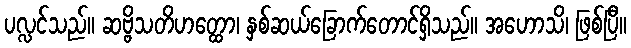
ပလ္လင်သည်။ ဆဗ္ဗိသတိဟတ္ထော၊ နှစ်ဆယ်ခြောက်တောင်ရှိသည်။ အဟောသိ၊ ဖြစ်ပြီ။